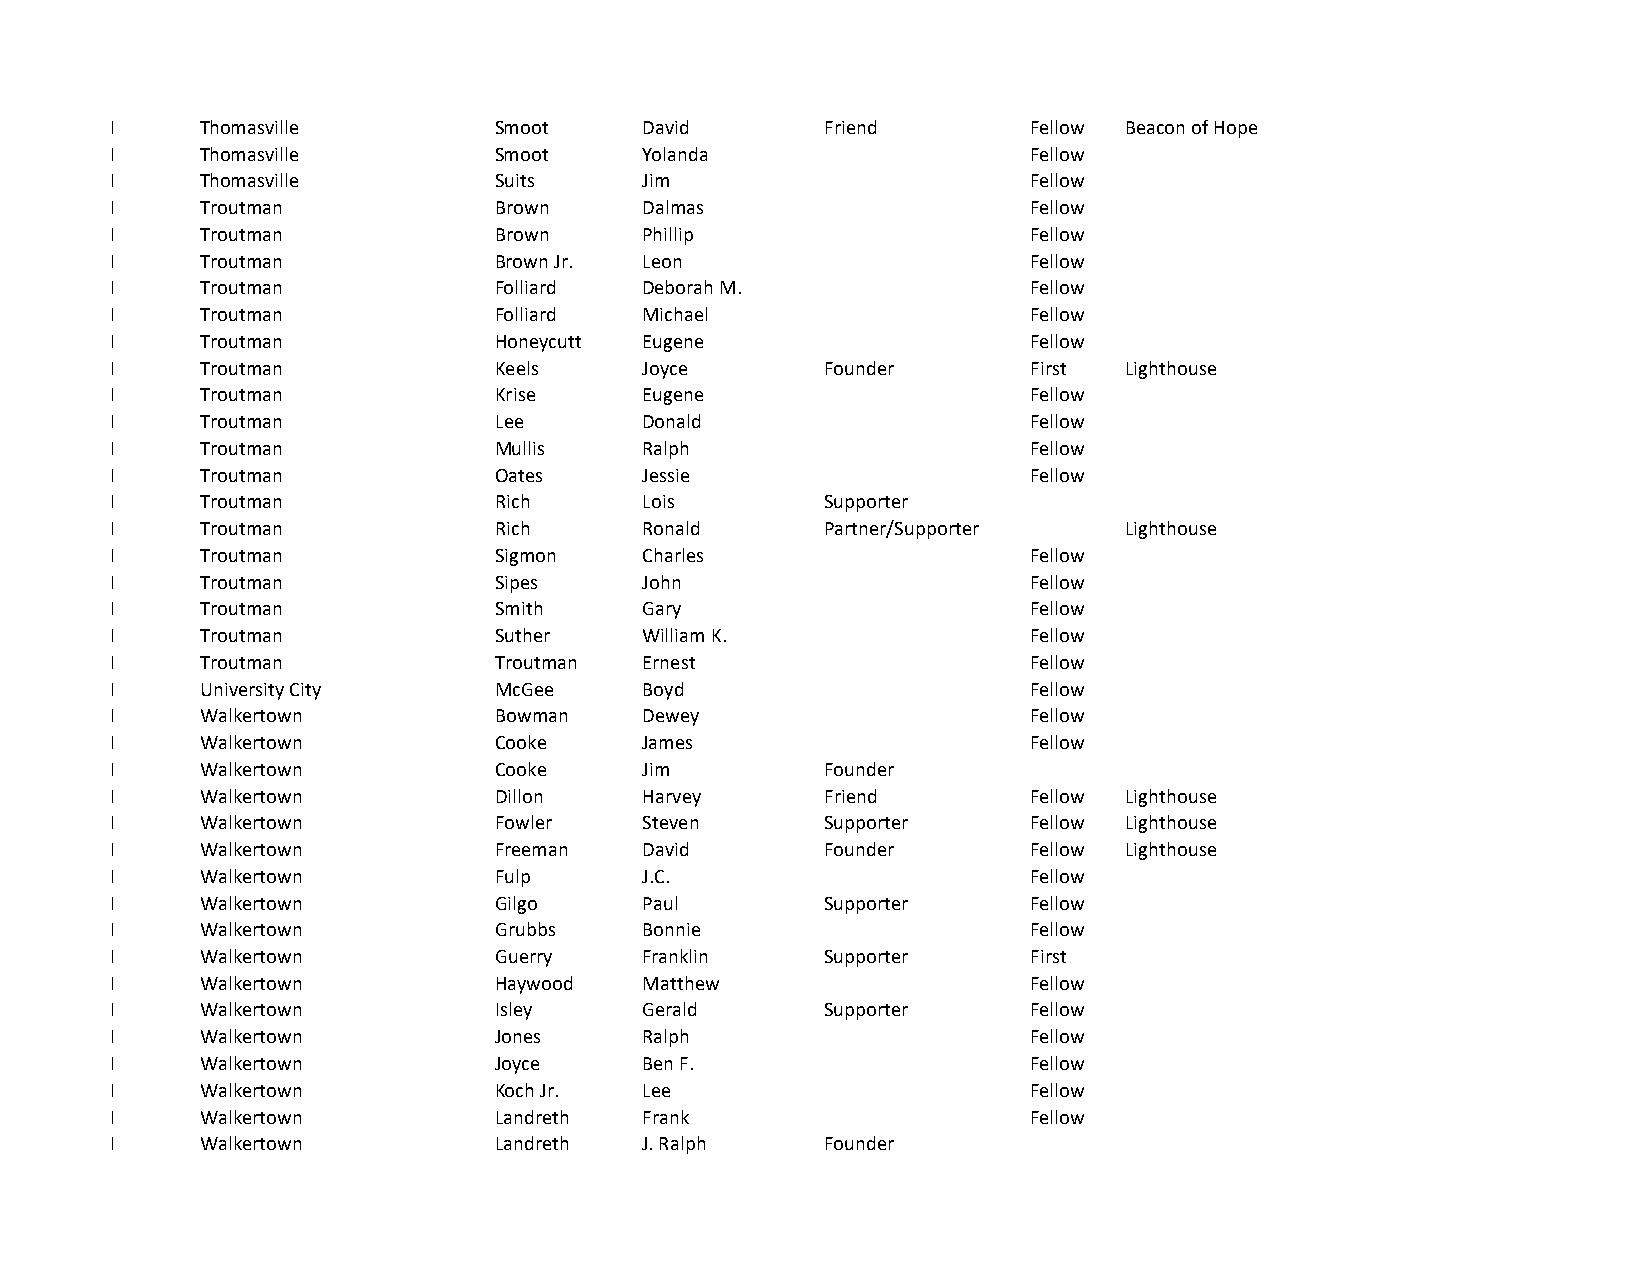
I     Thomasville         Smoot     David       Friend       Fellow Beacon of Hope
 I     Thomasville         Smoot     Yolanda                  Fellow
 I     Thomasville         Suits     Jim                      Fellow
 I     Troutman            Brown     Dalmas                   Fellow
 I     Troutman            Brown     Phillip                  Fellow
 I     Troutman            Brown Jr. Leon                     Fellow
 I     Troutman            Folliard  Deborah M.               Fellow
 I     Troutman            Folliard  Michael                  Fellow
 I     Troutman            Honeycutt Eugene                   Fellow
 I     Troutman            Keels     Joyce       Founder      First Lighthouse
 I     Troutman            Krise     Eugene                   Fellow
 I     Troutman            Lee       Donald                   Fellow
 I     Troutman            Mullis    Ralph                    Fellow
 I     Troutman            Oates     Jessie                   Fellow
 I     Troutman            Rich      Lois        Supporter
 I     Troutman            Rich      Ronald      Partner/Supporter  Lighthouse
 I     Troutman            Sigmon    Charles                  Fellow
 I     Troutman            Sipes     John                     Fellow
 I     Troutman            Smith     Gary                     Fellow
 I     Troutman            Suther    William K.               Fellow
 I     Troutman            Troutman  Ernest                   Fellow
 I     University City     McGee     Boyd                     Fellow
 I     Walkertown          Bowman    Dewey                    Fellow
 I     Walkertown          Cooke     James                    Fellow
 I     Walkertown          Cooke     Jim         Founder
 I     Walkertown          Dillon    Harvey      Friend       Fellow Lighthouse
 I     Walkertown          Fowler    Steven      Supporter    Fellow Lighthouse
 I     Walkertown          Freeman   David       Founder      Fellow Lighthouse
 I     Walkertown          Fulp      J.C.                     Fellow
 I     Walkertown          Gilgo     Paul        Supporter    Fellow
 I     Walkertown          Grubbs    Bonnie                   Fellow
 I     Walkertown          Guerry    Franklin    Supporter    First
 I     Walkertown          Haywood   Matthew                  Fellow
 I     Walkertown          Isley     Gerald      Supporter    Fellow
 I     Walkertown          Jones     Ralph                    Fellow
 I     Walkertown          Joyce     Ben F.                   Fellow
 I     Walkertown          Koch Jr.  Lee                      Fellow
 I     Walkertown          Landreth  Frank                    Fellow
 I     Walkertown          Landreth  J. Ralph    Founder